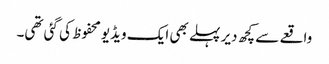
واقعے سے کچھ دیر پہلے بھی ایک ویڈیو محفوظ کی گئی تھی۔